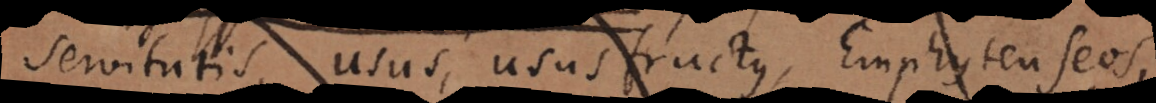
servitutis, usus, ususfructus, Emphyteuseos,